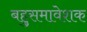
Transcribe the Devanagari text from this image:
बहुसमावेशक